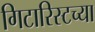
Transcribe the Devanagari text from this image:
गिटारिस्टच्या